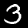
Digit: 3